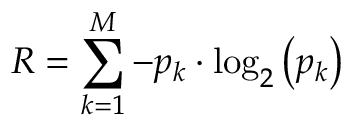
R = \sum _ { k = 1 } ^ { M } - p _ { k } \cdot \log _ { 2 } \left( p _ { k } \right)